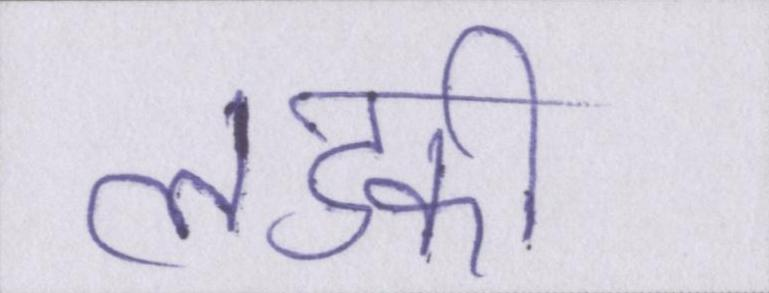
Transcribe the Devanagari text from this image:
लडकी